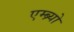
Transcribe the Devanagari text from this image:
एम्ब्र्यो